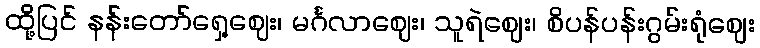
ထို့ပြင် နန်းတော်ရှေ့ဈေး၊ မင်္ဂလာဈေး၊ သူရဲဈေး၊ စိပန်ပန်းဂွမ်းရုံဈေး